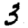
Digit: 3